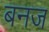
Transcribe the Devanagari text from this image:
बनज